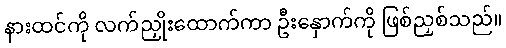
နားထင်ကို လက်ညှိုးထောက်ကာ ဦးနှောက်ကို ဖြစ်ညှစ်သည်။